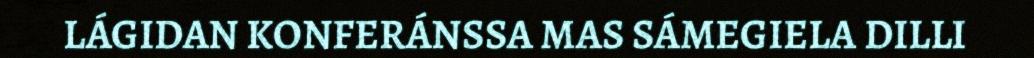
LÁGIDAN KONFERÁNSSA MAS SÁMEGIELA DILLI